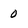
Character: 0